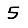
Digit: 5